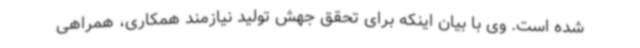
شده است. وی با بیان اینکه برای تحقق جهش تولید نیازمند همکاری، همراهی